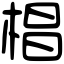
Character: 椙